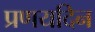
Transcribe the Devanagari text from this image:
प्रणयदिन